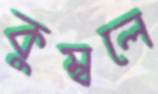
কুম্বলে